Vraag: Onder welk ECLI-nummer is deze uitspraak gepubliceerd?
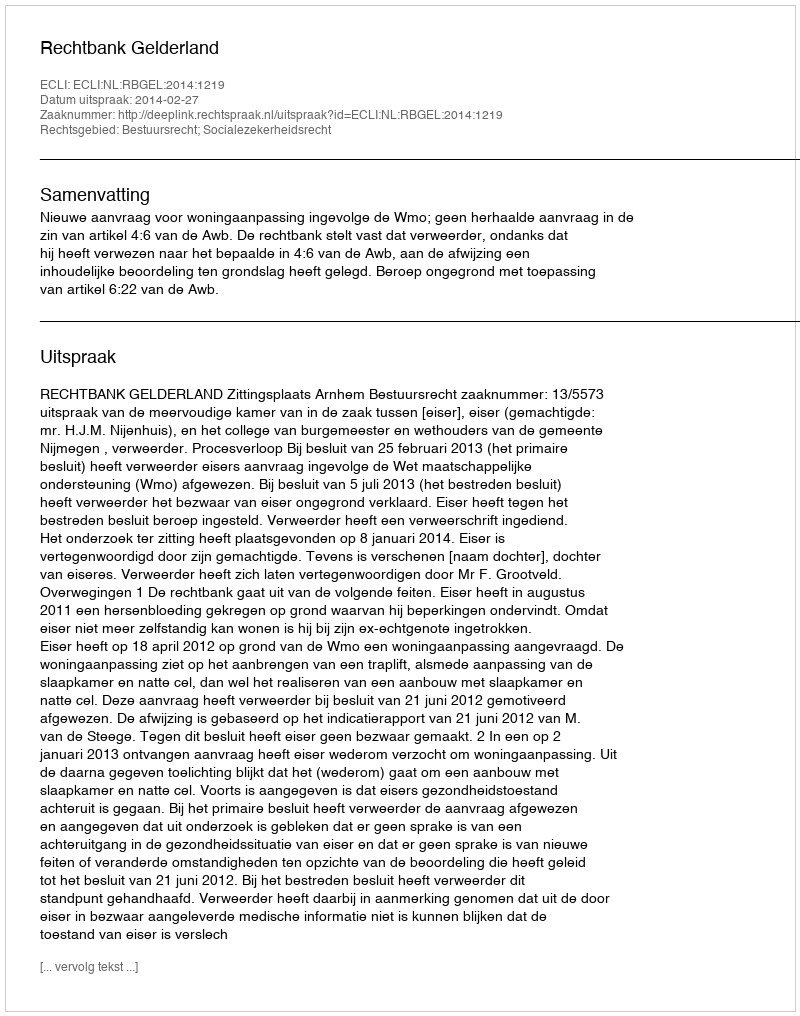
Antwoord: ECLI:NL:RBGEL:2014:1219